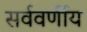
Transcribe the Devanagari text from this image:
सर्ववर्णीय